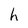
Character: h